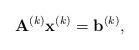
LaTeX: \begin{align*}\mathbf{A}^{(k)}\mathbf{x}^{(k)}=\mathbf{b}^{(k)},\end{align*}